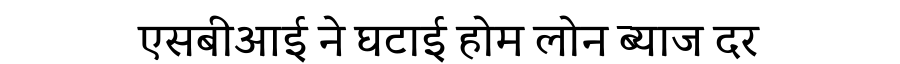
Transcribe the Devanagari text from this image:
एसबीआई ने घटाई होम लोन ब्याज दर